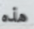
هذه